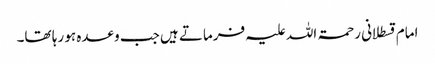
امام قسطلانی رحمۃ اللہ علیہ فرماتے ہیں جب وعدہ ہو رہا تھا۔